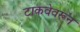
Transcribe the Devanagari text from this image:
टाकवेवरून